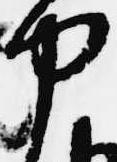
中